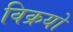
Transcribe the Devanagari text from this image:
विक्रयों